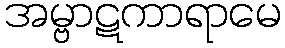
အမ္ဗာဋကာရာမေ